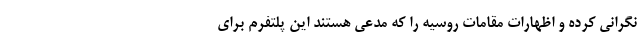
نگرانی کرده و اظهارات مقامات روسیه را که مدعی هستند این پلتفرم برای